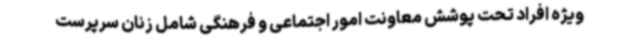
ویژه افراد تحت پوشش معاونت امور اجتماعی و فرهنگی شامل زنان سرپرست